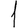
Digit: 1